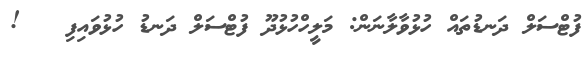
ފުޓްސަލް ދަނޑުތައް ހުޅުވާލާނަން: މަލީހްހުޅުދޫ ފުޓްސަލް ދަނޑު ހުޅުވައިފި   !